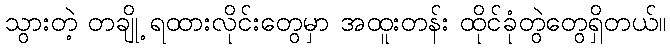
သွားတဲ့ တချို့ ရထားလိုင်းတွေမှာ အထူးတန်း ထိုင်ခုံတွဲတွေရှိတယ်။